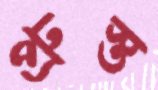
প্রুস্ত